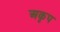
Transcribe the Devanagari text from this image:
अकृप